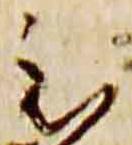
至